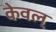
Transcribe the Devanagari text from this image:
केवल्